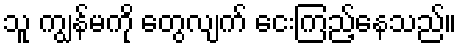
သူ ကျွန်မကို တွေလျက် ငေးကြည့်နေသည်။